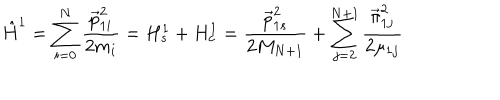
\hat { H } ^ { 1 } = \sum _ { i = 0 } ^ { N } \frac { \vec { p } _ { 1 i } ^ { 2 } } { 2 m _ { i } } = H _ { s } ^ { 1 } + H _ { c } ^ { 1 } = \frac { \vec { p } _ { 1 s } ^ { 2 } } { 2 M _ { N + 1 } } + \sum _ { j = 2 } ^ { N + 1 } \frac { \vec { \pi } _ { 1 j } ^ { 2 } } { 2 \mu _ { 1 j } }